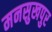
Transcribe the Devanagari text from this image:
मनसुखपुर